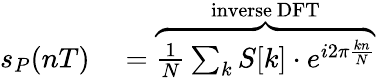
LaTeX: \begin{array}{rl}{s_{P}(nT)}&{{}=\overbrace{{\frac{1}{N}}\sum_{k}S[k]\cdot e^{i2\pi{\frac{kn}{N}}}}^{\mathrm{inverse~DFT}}}\end{array}